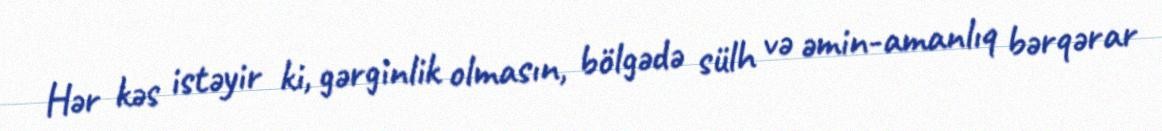
Hər kəs istəyir ki, gərginlik olmasın, bölgədə sülh və əmin-amanlıq bərqərar